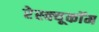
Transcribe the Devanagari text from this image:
रेस्क्यूकॉम